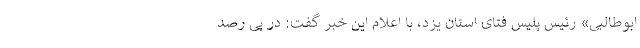
ابوطالبی» رئیس پلیس فتای استان یزد، با اعلام این خبر گفت: در پی رصد